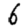
Digit: 6